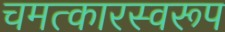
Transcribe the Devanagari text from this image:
चमत्‍कारस्‍वरूप